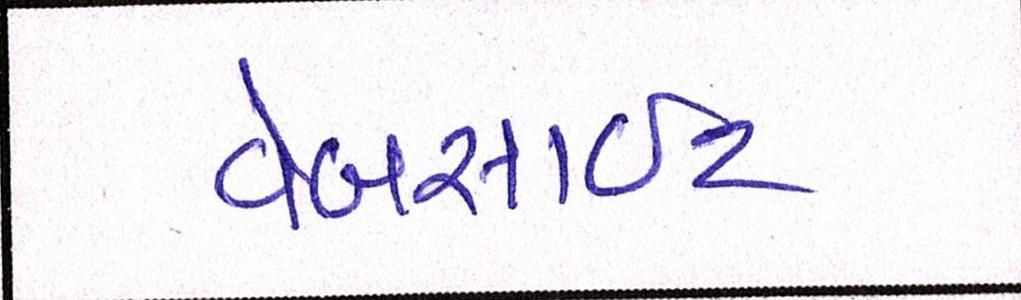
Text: વેબસાઈટ